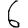
Digit: 6